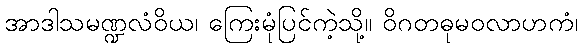
အာဒါသမဏ္ဍလံဝိယ၊ ကြေးမုံပြင်ကဲ့သို့။ ဝိဂတဓုမဝလာဟကံ၊